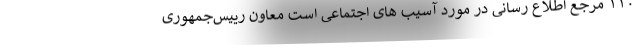
۱۱۰ مرجع اطلاع رسانی در مورد آسیب های اجتماعی است معاون رییس‌جمهوری